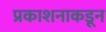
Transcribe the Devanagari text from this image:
प्रकाशनाकडून